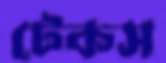
টেকস